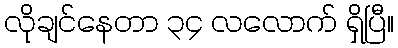
လိုချင်နေတာ ၃၄ လလောက် ရှိပြီ။